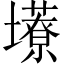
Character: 𫮹